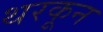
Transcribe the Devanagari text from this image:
थरकून